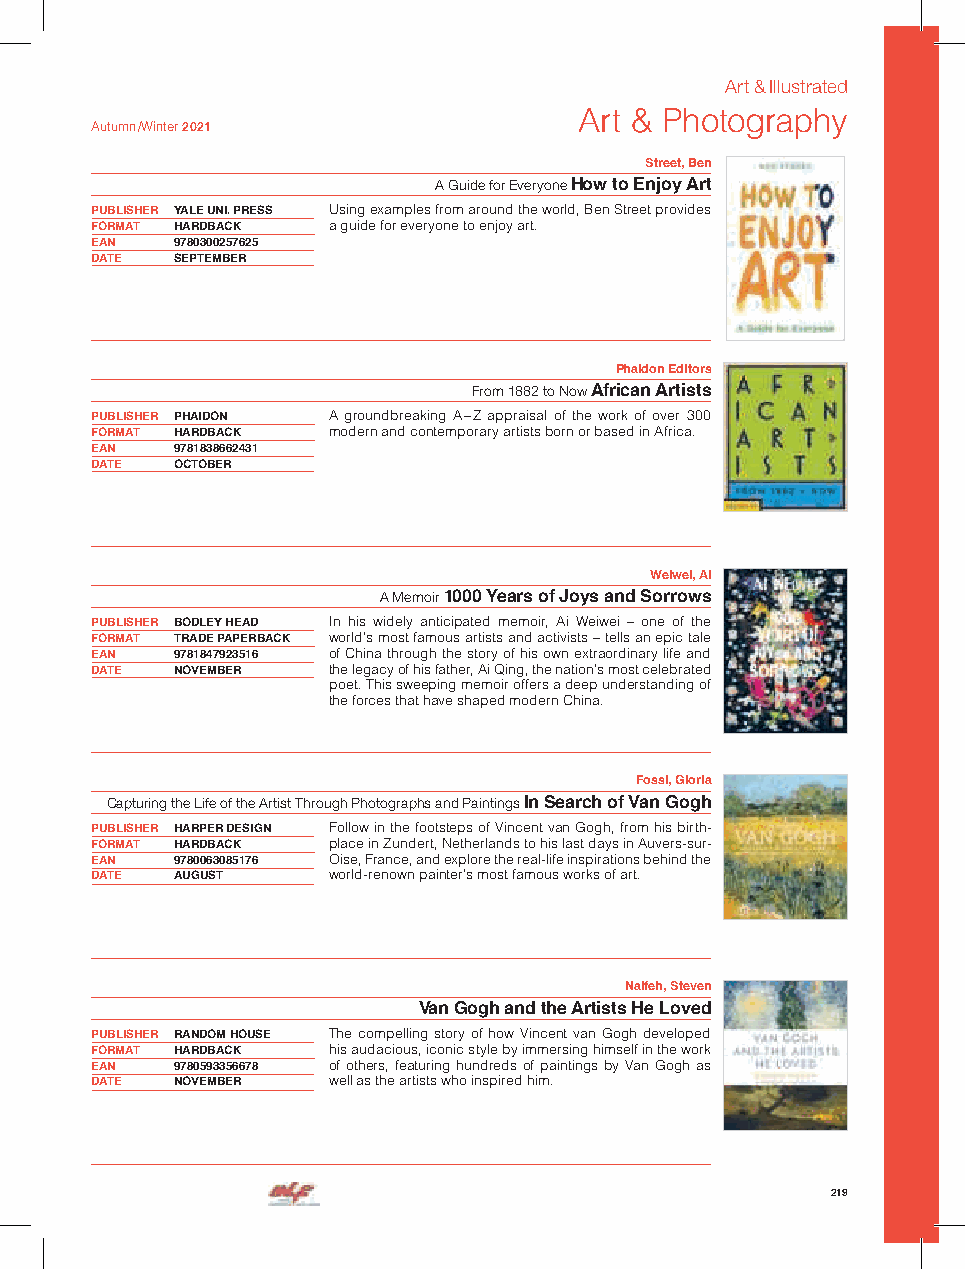
Art & Illustrated
 Art & Photography
 Autumn /Winter 2021
 Street, Ben
 A Guide for Everyone How to Enjoy Art
 PUBLISHER YALE UNI. PRESS Using examples from around the world, Ben Street provides
 FORMAT HARDBACK a guide for everyone to enjoy art.
 EAN  9780300257625
 DATE SEPTEMBER
 Phaidon Editors
 From 1882 to Now African Artists
 PUBLISHER PHAIDON A groundbreaking A – Z appraisal of the work of over 300
 FORMAT HARDBACK modern and contemporary artists born or based in Africa.
 EAN  9781838662431
 DATE OCTOBER
 Weiwei, Ai
 A Memoir 1000 Years of Joys and Sorrows
 PUBLISHER BODLEY HEAD In his widely anticipated memoir, Ai Weiwei – one of the
 FORMAT TRADE PAPERBACK world’s most famous artists and activists – tells an epic tale
 EAN  9781847923516 of China through the story of his own extraordinary life and
 DATE NOVEMBER   the legacy of his father, Ai Qing, the nation’s most celebrated
 poet. This sweeping memoir offers a deep understanding of
 the forces that have shaped modern China.
 Fossi, Gloria
 Capturing the Life of the Artist Through Photographs and Paintings In Search of Van Gogh
 PUBLISHER HARPER DESIGN Follow in the footsteps of Vincent van Gogh, from his birth-
 FORMAT HARDBACK place in Zundert, Netherlands to his last days in Auvers-sur-
 EAN  9780063085176 Oise, France, and explore the real-life inspirations behind the
 DATE AUGUST     world-renown painter’s most famous works of art.
 Naifeh, Steven
 Van Gogh and the Artists He Loved
 PUBLISHER RANDOM HOUSE The compelling story of how Vincent van Gogh developed
 FORMAT HARDBACK his audacious, iconic style by immersing himself in the work
 EAN  9780593356678 of others, featuring hundreds of paintings by Van Gogh as
 DATE NOVEMBER   well as the artists who inspired him.
 219